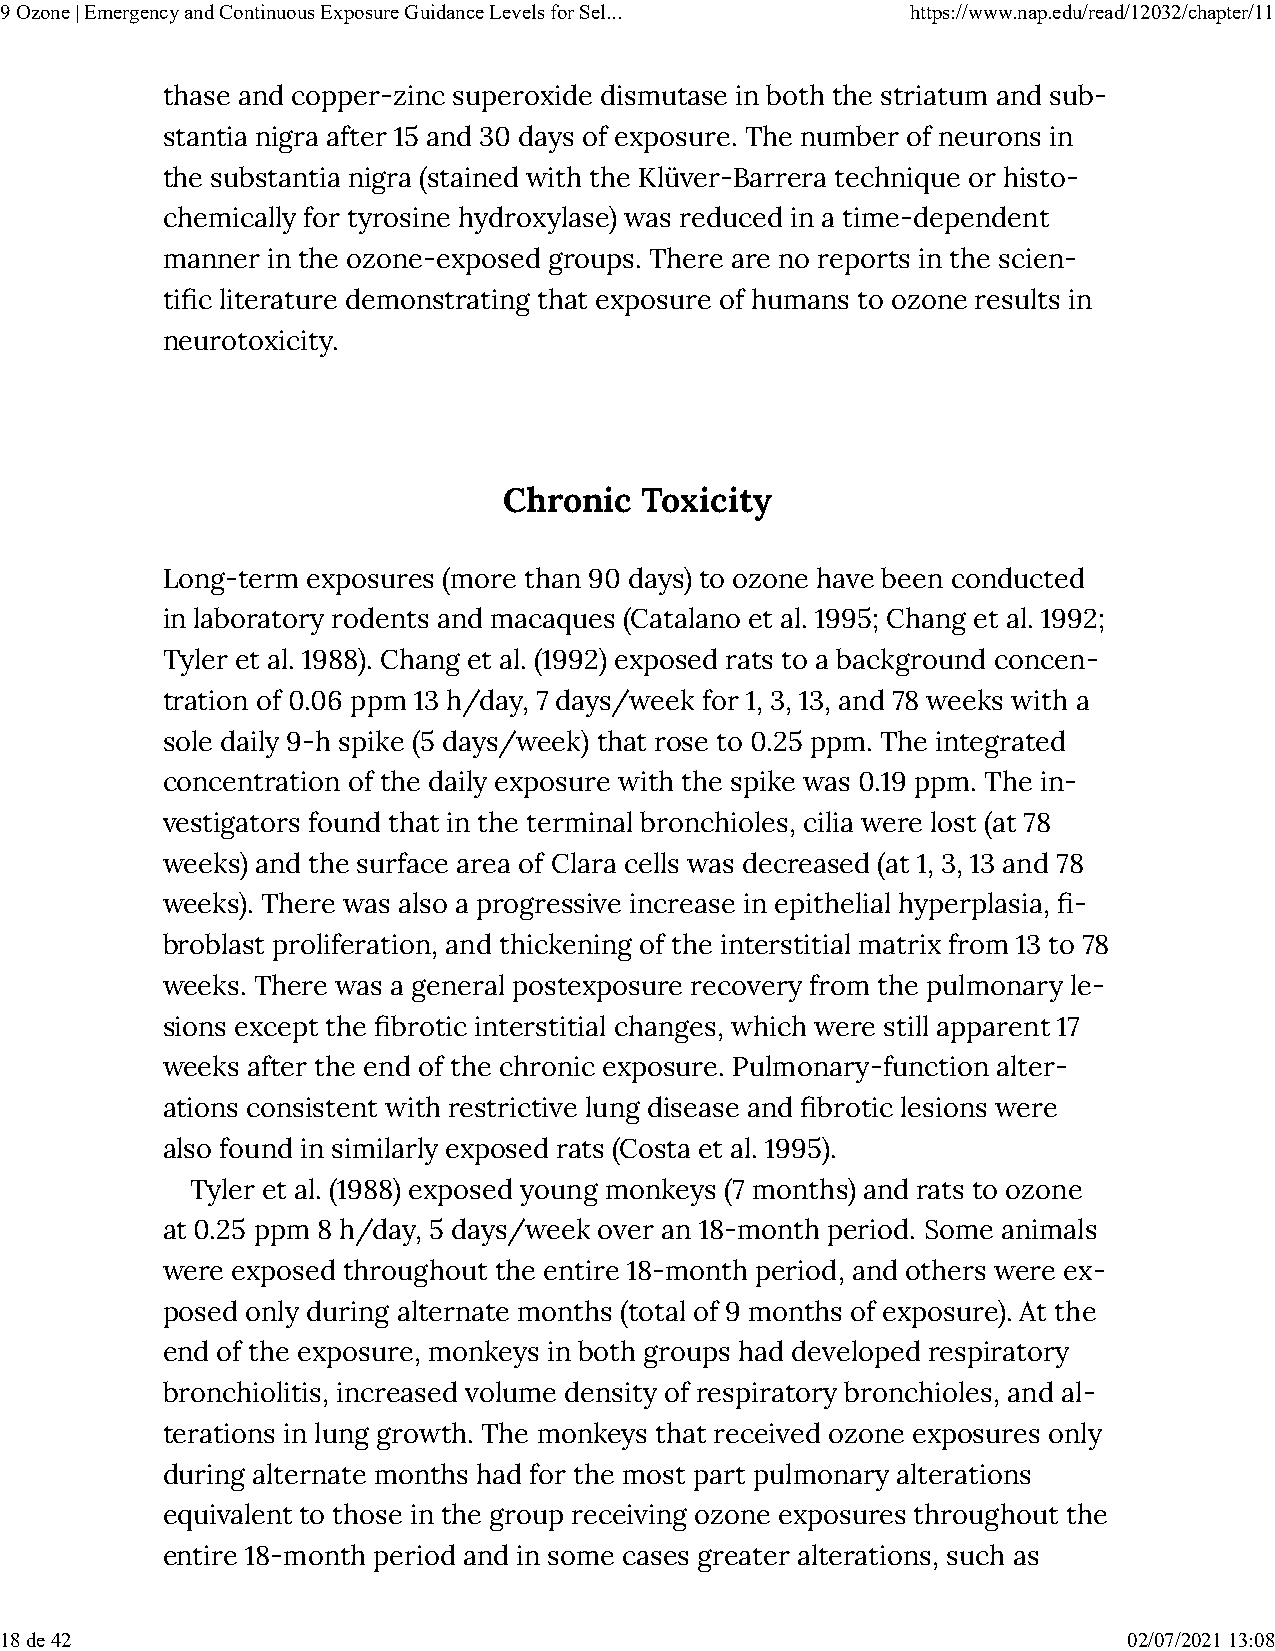
9 Ozone | Emergency and Continuous Exposure Guidance Levels for Sel... https://www.nap.edu/read/12032/chapter/11
 thase and copper-zinc superoxide dismutase in both the striatum and sub-
 stantia nigra after 15 and 30 days of exposure. The number of neurons in
 the substantia nigra (stained with the Klüver-Barrera technique or histo-
 chemically for tyrosine hydroxylase) was reduced in a time-dependent
 manner in the ozone-exposed groups. There are no reports in the scien-
 ti�c literature demonstrating that exposure of humans to ozone results in
 neurotoxicity.
 Chronic  Toxicity
 Long-term exposures (more than 90 days) to ozone have been conducted
 in laboratory rodents and macaques (Catalano et al. 1995; Chang et al. 1992;
 Tyler et al. 1988). Chang et al. (1992) exposed rats to a background concen-
 tration of 0.06 ppm 13 h/day, 7 days/week for 1, 3, 13, and 78 weeks with a
 sole daily 9-h spike (5 days/week) that rose to 0.25 ppm. The integrated
 concentration of the daily exposure with the spike was 0.19 ppm. The in-
 vestigators found that in the terminal bronchioles, cilia were lost (at 78
 weeks) and the surface area of Clara cells was decreased (at 1, 3, 13 and 78
 weeks). There was also a progressive increase in epithelial hyperplasia, �-
 broblast proliferation, and thickening of the interstitial matrix from 13 to 78
 weeks. There was a general postexposure recovery from the pulmonary le-
 sions except the �brotic interstitial changes, which were still apparent 17
 weeks after the end of the chronic exposure. Pulmonary-function alter-
 ations consistent with restrictive lung disease and �brotic lesions were
 also found in similarly exposed rats (Costa et al. 1995).
 Tyler et al. (1988) exposed young monkeys (7 months) and rats to ozone
 at 0.25 ppm 8 h/day, 5 days/week over an 18-month period. Some animals
 were exposed throughout the entire 18-month period, and others were ex-
 posed only during alternate months (total of 9 months of exposure). At the
 end of the exposure, monkeys in both groups had developed respiratory
 bronchiolitis, increased volume density of respiratory bronchioles, and al-
 terations in lung growth. The monkeys that received ozone exposures only
 during alternate months had for the most part pulmonary alterations
 equivalent to those in the group receiving ozone exposures throughout the
 entire 18-month period and in some cases greater alterations, such as
 18 de 42                                                                   02/07/2021 13:08